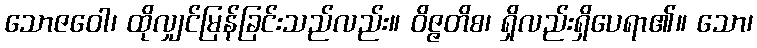
သောဇဝေါ၊ ထိုလျှင်မြန်ခြင်းသည်လည်း။ ဝိဇ္ဇတိစ၊ ရှိလည်းရှိပေရာ၏။ သော၊